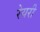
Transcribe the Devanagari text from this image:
रेयरी